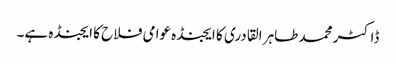
ڈاکٹر محمد طاہر القادری کا ایجنڈہ عوامی فلاح کا ایجنڈہ ہے۔